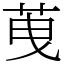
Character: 䒶